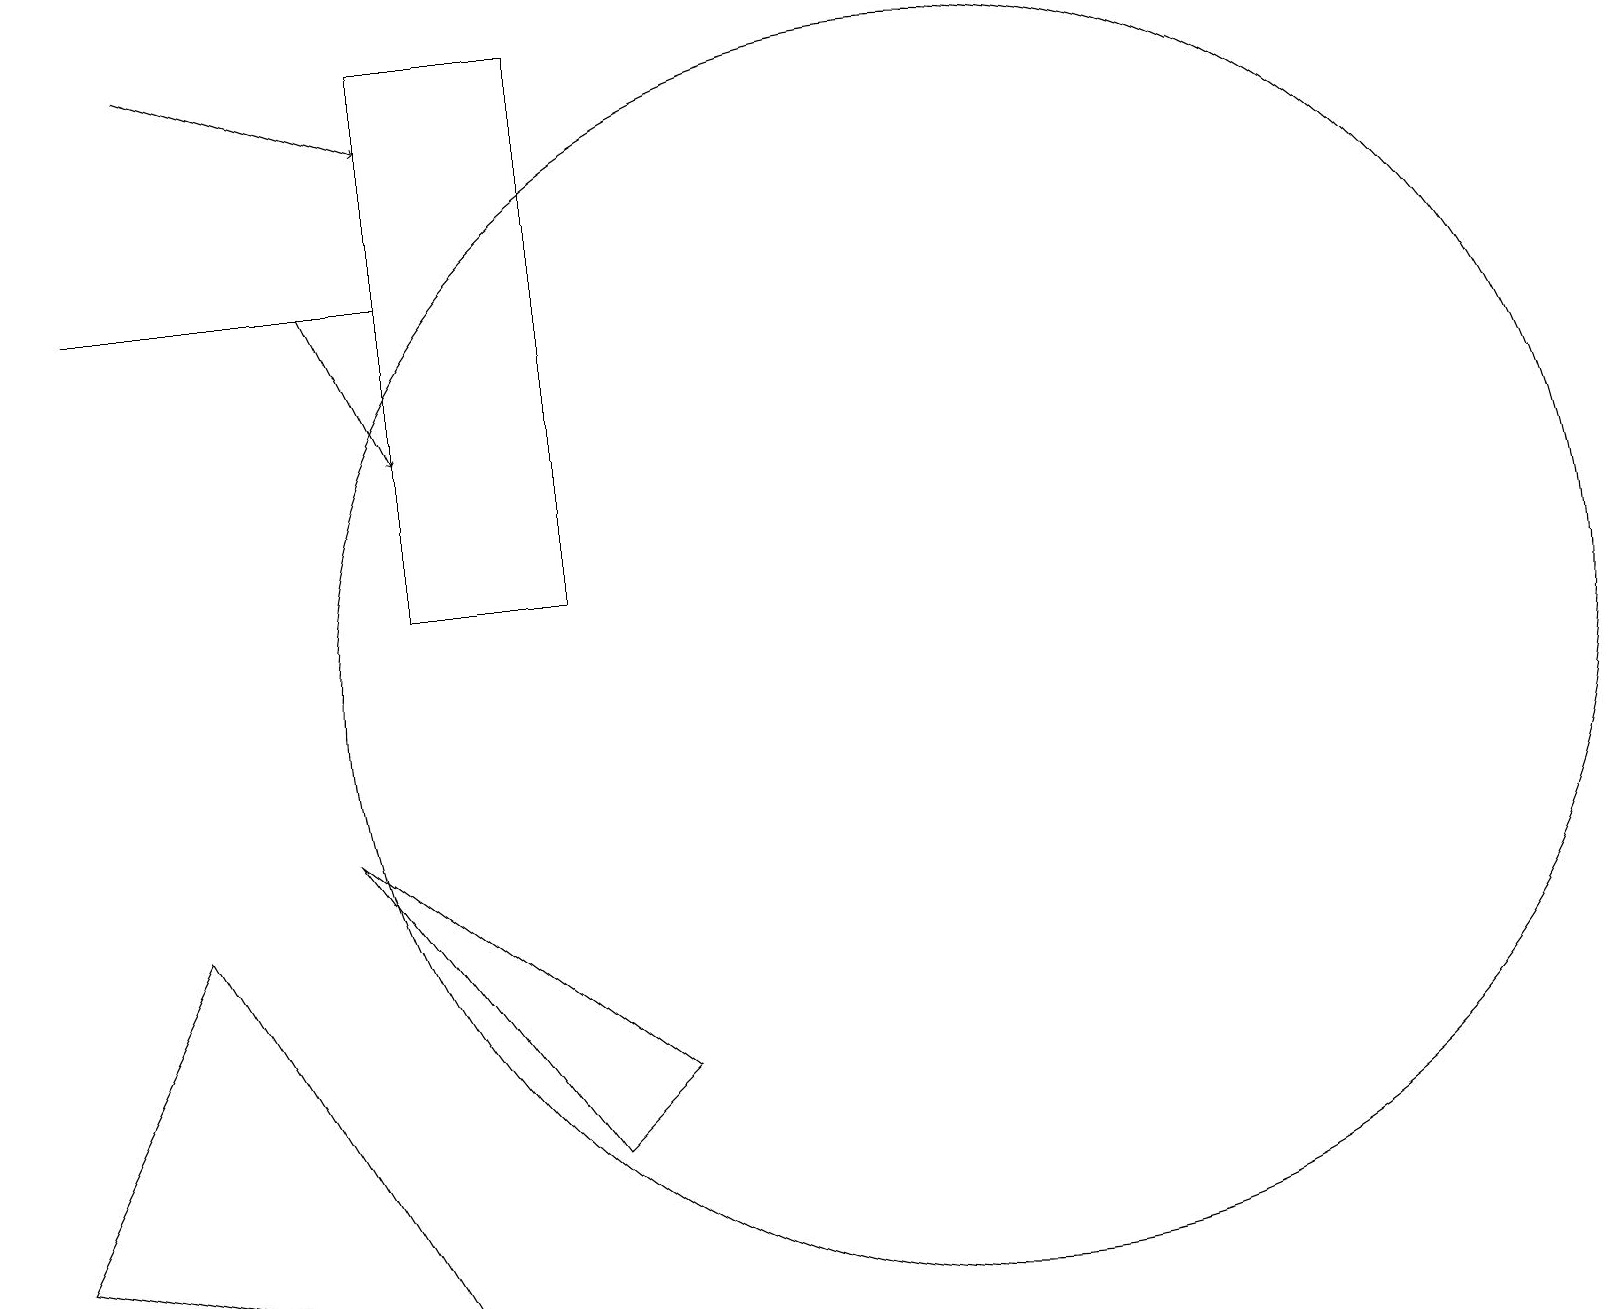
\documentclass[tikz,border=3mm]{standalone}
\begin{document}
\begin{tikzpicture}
\draw (2,7) -- (0,3) -- (5,2) -- cycle;
\draw (4,8) -- (8,5) -- (7,4) -- cycle;
\draw (12,10) circle (8);
\draw (5,15) rectangle (1,15);
\draw (7,18) rectangle (5,11);
\draw[->] (2,18) -- (5,17);
\draw[->] (4,15) -- (5,13);
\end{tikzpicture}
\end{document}